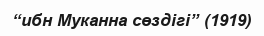
“ибн Муканна сөздігі” (1919)